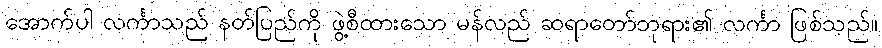
အောက်ပါ လင်္ကာသည် နတ်ပြည်ကို ဖွဲ့စီထားသော မန်လည် ဆရာတော်ဘုရား၏ လင်္ကာ ဖြစ်သည်။